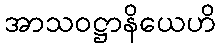
အာသဝဋ္ဌာနိယေဟိ